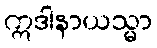
ဣဒါနာယသ္မာ